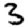
Digit: 3